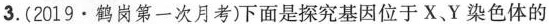
3. (2019 · 鹤岗第一次月考)下面是探究基因位于X、Y染色体的